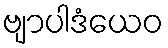
ဗျာပါဒံယေဝ